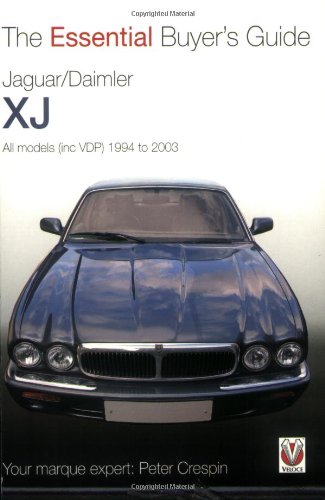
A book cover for Jaguar/Daimler XJ: The Essential Buyer's Guide; Peter Crespin; Engineering & Transportation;